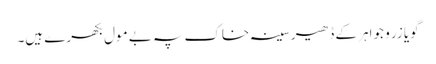
گویا زر و جواہر کے ڈھیر سینہ خاک پہ بے مول بکھرے ہیں۔